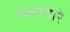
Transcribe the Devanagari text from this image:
म्य्लापोरे